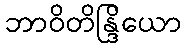
ဘာဝိတိန္ဒြိယော